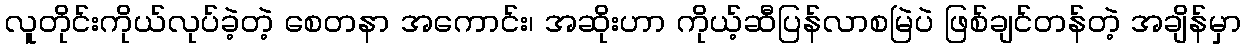
လူတိုင်းကိုယ်လုပ်ခဲ့တဲ့ စေတနာ အကောင်း၊ အဆိုးဟာ ကိုယ့်ဆီပြန်လာစမြဲပဲ ဖြစ်ချင်တန်တဲ့ အချိန်မှာ